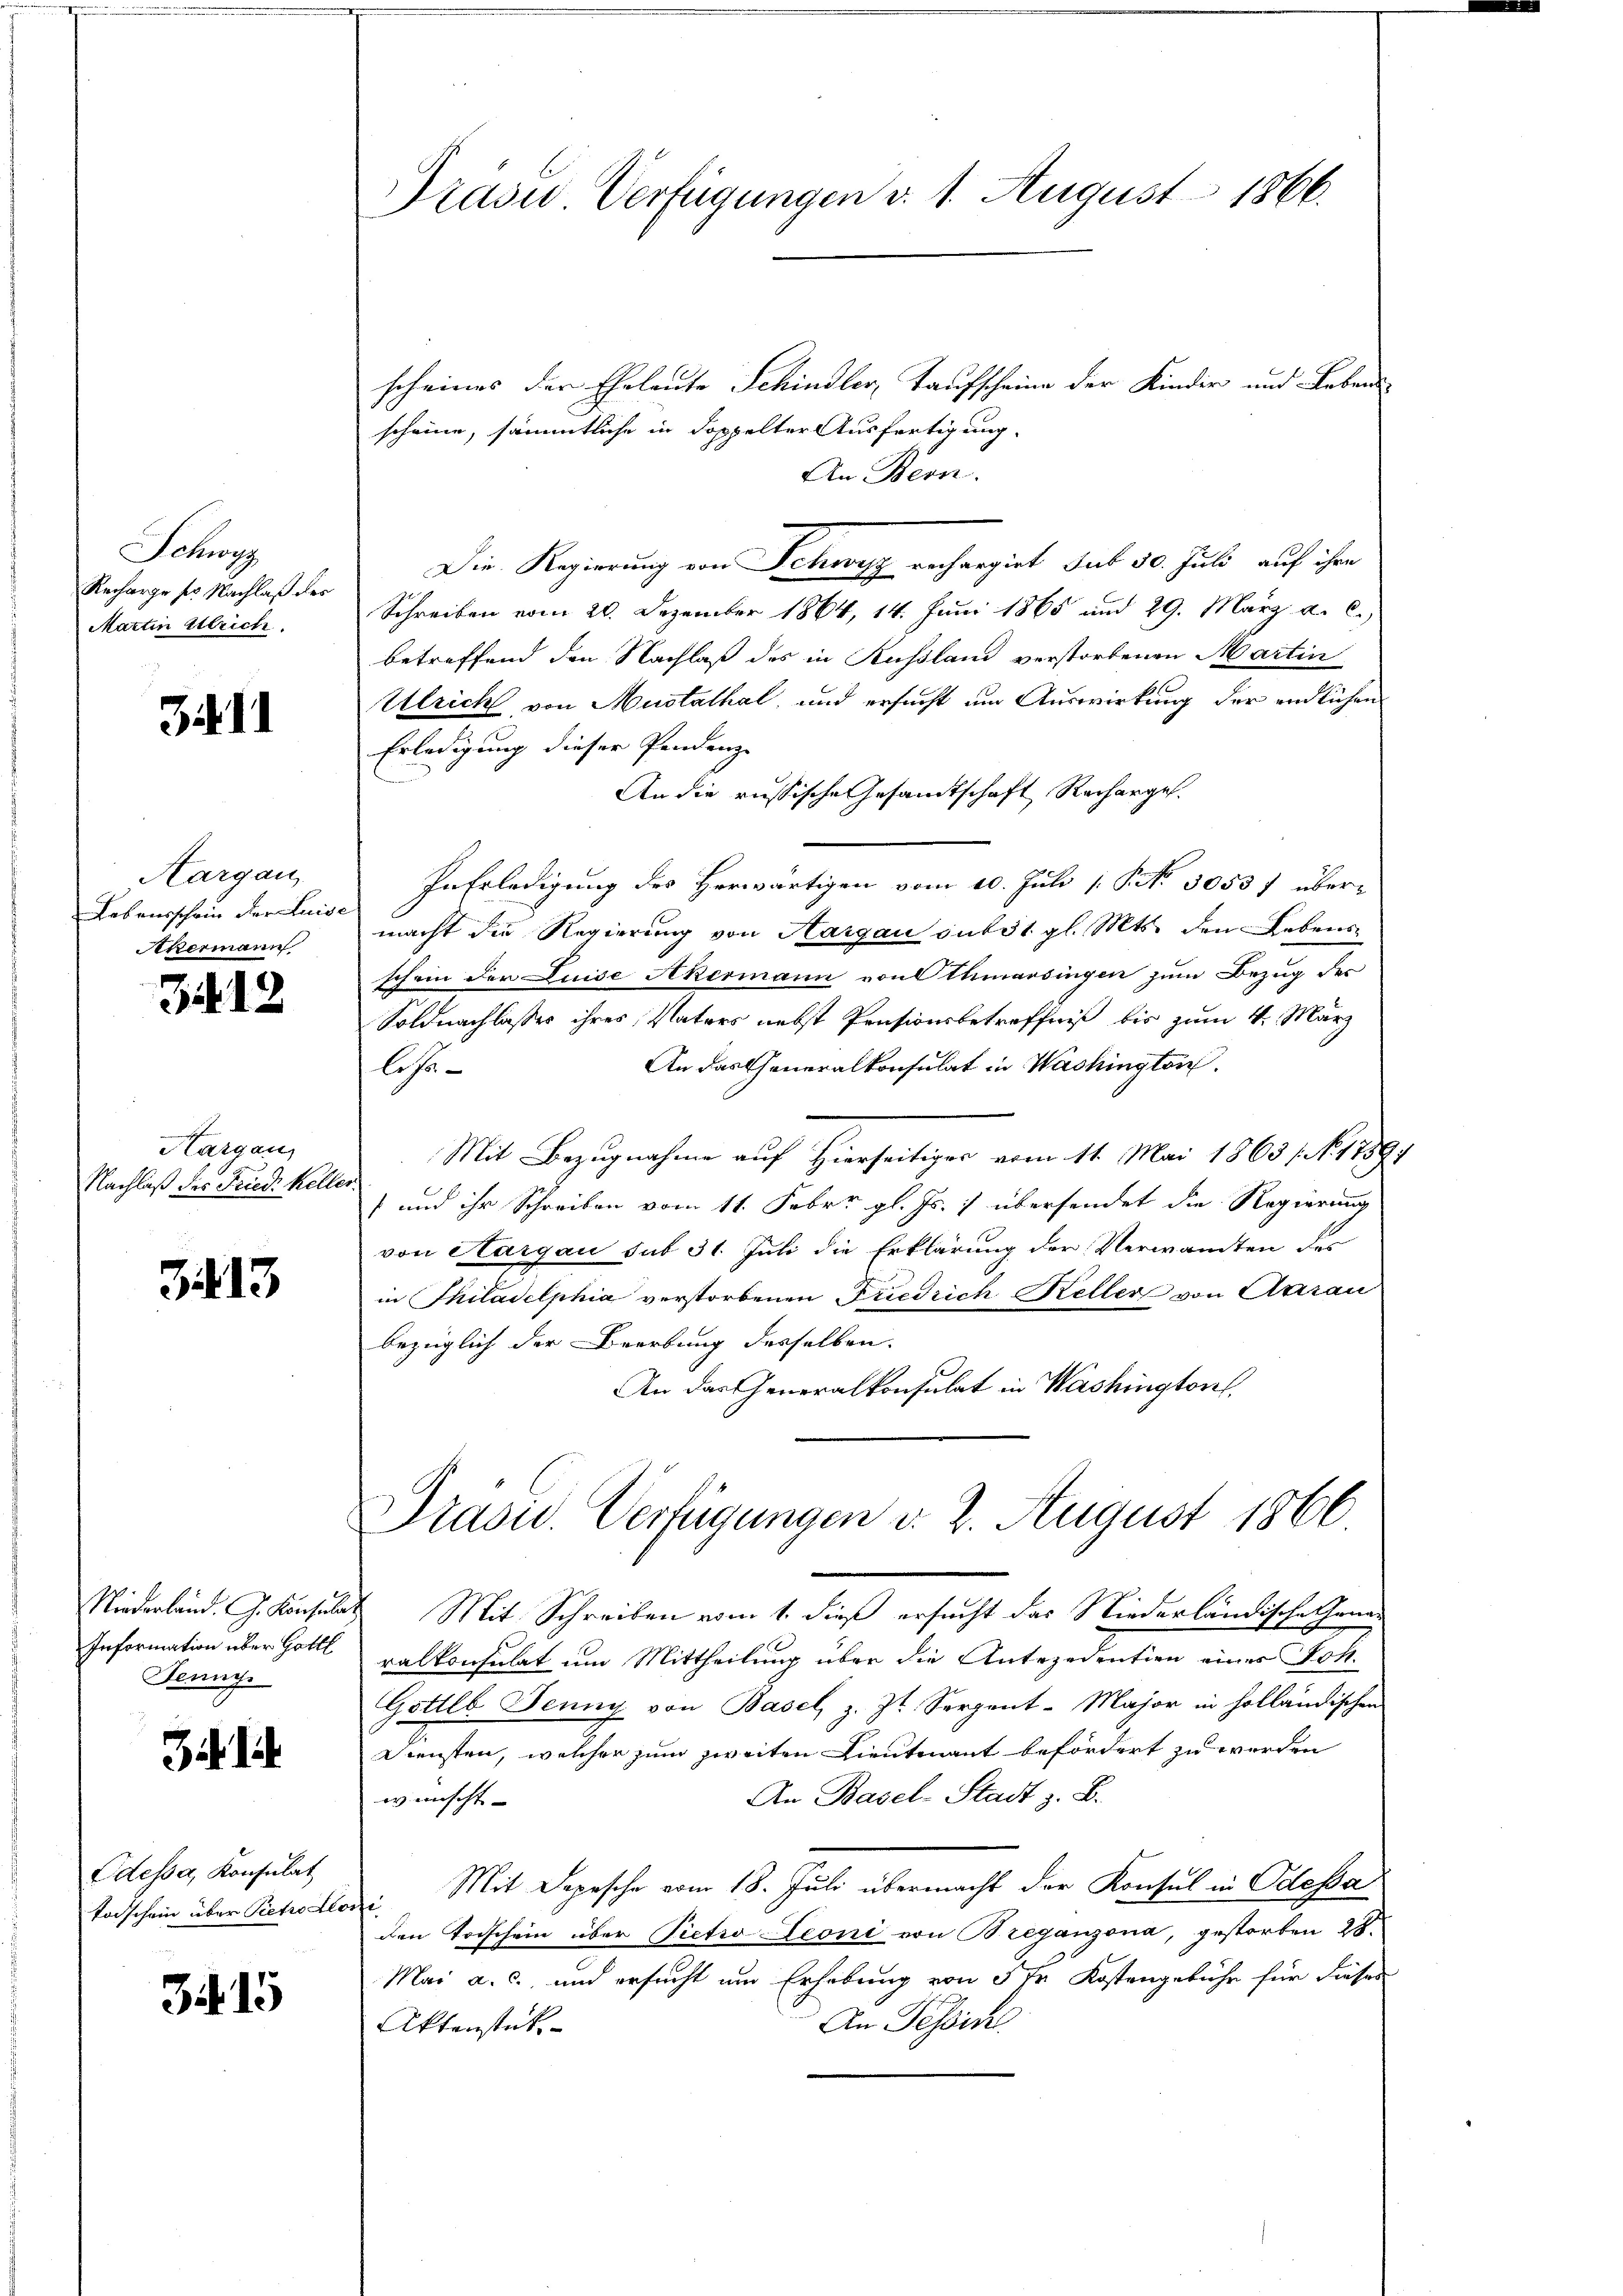
Schwyz
Recharge ser Nachlaß der
Mattin Ulrich.

.1

Aargau
Lebensschein der Luise
Akermann

Zif. 12

Hargau,
Nachlaß des Fried. Keller.

3413

Information über Gottl
Jenny.

3. 14

Odessa, Konsulat
toischein über Pietro lo

3415

Präsid. Verfügungen d. 1. August 1866.

scheines der Eheleute Schindler, Taufscheine der Kinder und Lebens
scheine, sämmtliche in doppelter Ausfertigung.
An Bern.
Die Regierung von Schwyz rechargirt sub 50. Juli auf ihre
Schreiben vom 20. Dezember 1864, 14. Juni 1865 und 29. März a. c.
betreffend den Nachlaß des in Kussland verstorbenen Martin
Ulrich, von Mustathal, und ersucht um Auswirkung der endlichen
Erledigung dieser Pendenz
An die russische Gesandtschaft Recharges.
In Erledigung des Herwärtigen vom 20. Juli [§ 30537 übermacht die Regierŭng von Aargau subst gl. Mts. den Lebens-
schein der Luise Akermann von Othmarsingen zum Bezug des
Soldnachlasses ihres Vaters nebst Pensionsbetreffniß bis zum 4. März
An das Generalkonsulat in Washington
leh¬
Mit Bezugnahme auf Hierseitiger vom 11. Mai 1865 f. 11891
 und ihr Schreiben vom 11. Febr. gl. Js. & übersendet die Regierung
von Aargau sub 31. Juli die Erklärung der Verwandten des
in Thiladelphia verstorbenen Friedrich Keller von Aarau
bezüglich der Beerbung desselben.
An das Generalkonsulat in Washington,

Präsid.. Verfügungen v. 2. August 1866.

Niederland. G. Konsulat Mit Schreiben vom 1. dieß ersucht das Niederländische Generalkonsulat um Mittheilung über die Antezedentien eines Joh.
Gottlb. Jenny von Basel, z. Zt. Serpent-Major in holländischen
Diensten, welcher zum zweiten Lieutenant befördert zu werden
An Basel-Stadt z. B.
wünscht. |
mi Mit Depesche vom 18. Juli übermacht der Konsul in Odessa
den Todschein über Pietro Leoni von Breganzona, gestorben 28.
Mai a. c., und ersucht um Erhebung von 5 Fr. Kostengebühr für dieses
An Tessin
Aktenstück.